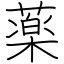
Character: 薬